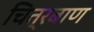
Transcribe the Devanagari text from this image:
चित्रबाण